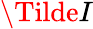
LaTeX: \Tilde{I}